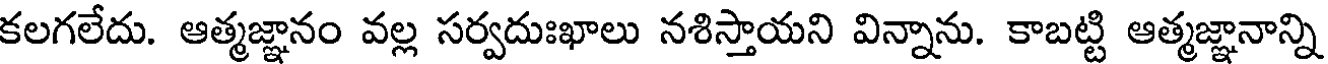
కలగలేదు. ఆత్మజ్ఞానం వల్ల సర్వదుఃఖాలు నశిస్తాయని విన్నాను. కాబట్టి ఆత్మజ్ఞానాన్ని